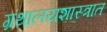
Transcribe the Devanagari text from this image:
ग्रंथालयशास्त्रात